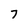
Character: 7